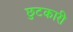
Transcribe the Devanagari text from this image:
छुटकारी